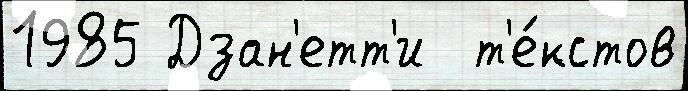
1985 Дзан'етт'и  т'е́кстов